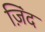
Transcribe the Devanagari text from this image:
ज़िंद